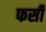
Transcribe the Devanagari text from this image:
फर्सी